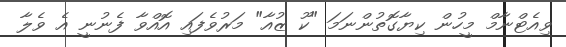
ވިއެޓްނާމް މީހުން ކިޔާގޮތުންނަމަ "ކޫ ޒުއާ" މަރުވެފައި އޮއްވާ ފެނުނީ އެ ވެލާ